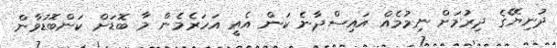
ދުނިޔޭގެ ދިރުމަށް ނިމުމެއް އައިސްދާނެ ކަން އެއީ އަހަރެމެން މާ ބޮޑަށް ކަންބޮޑުވާން